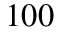
1 0 0